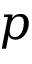
\boldsymbol { p }